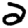
Digit: 2